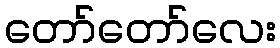
တော်တော်လေး